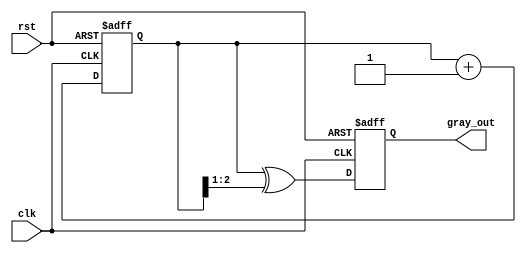
module gray_code_counter #(
    parameter N = 3  // Number of bits for the Gray code counter
)(
    input wire clk,      // Clock input
    input wire rst,      // Reset input
    output reg [N-1:0] gray_out  // Gray code output
);

// Internal binary counter
reg [N-1:0] binary_count;

// Function to convert binary to Gray code
function [N-1:0] binary_to_gray;
    input [N-1:0] binary;
    begin
        binary_to_gray = binary ^ (binary >> 1);
    end
endfunction

// Always block for counter operation
always @(posedge clk or posedge rst) begin
    if (rst) begin
        binary_count <= 0;  // Reset binary counter to 0
        gray_out <= binary_to_gray(0);  // Reset Gray output to 0
    end else begin
        binary_count <= binary_count + 1;  // Increment the binary counter
        gray_out <= binary_to_gray(binary_count);  // Update Gray output
    end
end

endmodule